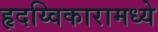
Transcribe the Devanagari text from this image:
हृदय्विकारामध्ये